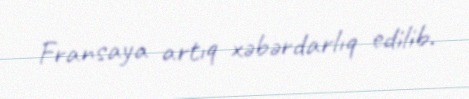
Fransaya artıq xəbərdarlıq edilib.